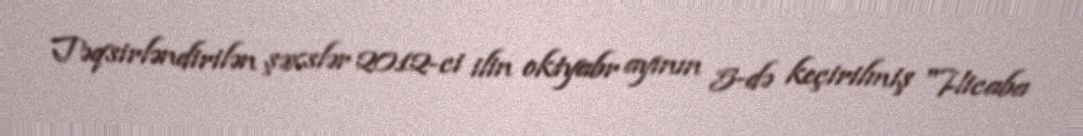
Təqsirləndirilən şəxslər 2012-ci ilin oktyabr ayının 5-də keçirilmiş "Hicaba